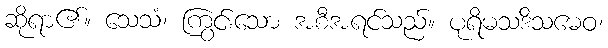
ဆိုရာ၏။ သေသံ၊ ကြွင်းသော အစီအရင်သည်။ ပုရိမသဒိသမေဝ၊